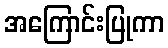
အကြောင်းပြုကာ